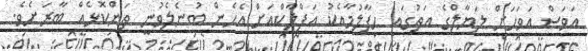
އަވަސް އަވަހަށް ލަޔާލްގެ އަތުގައި ހިފާލުމާއެކު އަފްލާކްއަށް އެހެން ބުނެލެވުނީ ތަންކޮޅެއް ބާރަށެވެ.